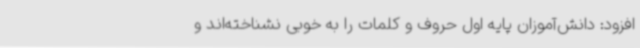
افزود: دانش‌آموزان پایه اول حروف و کلمات را به خوبی نشناخته‌اند و